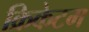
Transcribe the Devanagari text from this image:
क्रिकेटम